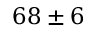
6 8 \pm 6